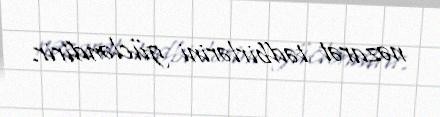
nəzarət tədbirlərini gücləndirir.